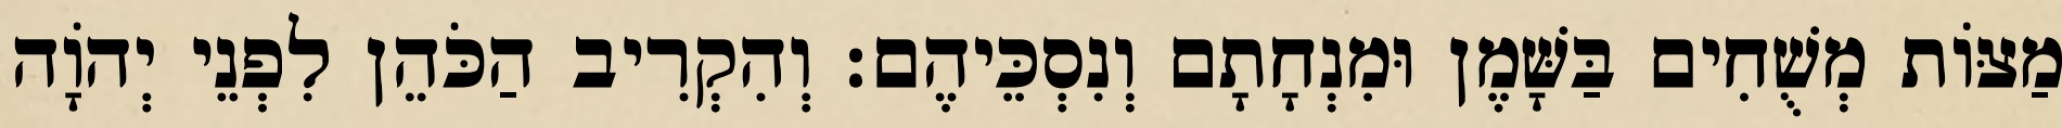
מַצּוֹת מְשֻׁחִים בַּשָּׁמֶן וּמִנְחָתָם וְנִסְכֵּיהֶם׃ וְהִקְרִיב הַכֹּהֵן לִפְנֵי יְהוָֹה